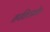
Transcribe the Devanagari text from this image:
तपशिलातील